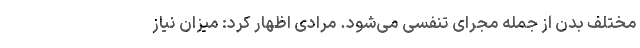
مختلف بدن از جمله مجرای تنفسی می‌شود. مرادی اظهار کرد: میزان نیاز